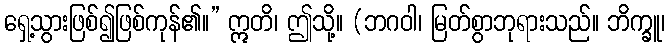
ရှေ့သွားဖြစ်၍ဖြစ်ကုန်၏။” ဣတိ၊ ဤသို့။ (ဘဂဝါ၊ မြတ်စွာဘုရားသည်။ ဘိက္ခူ၊